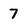
Character: 7